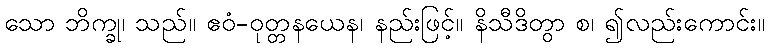
သော ဘိက္ခု၊ သည်။ ဧဝံ-ဝုတ္တနယေန၊ နည်းဖြင့်။ နိသီဒိတွာ စ၊ ၍လည်းကောင်း။